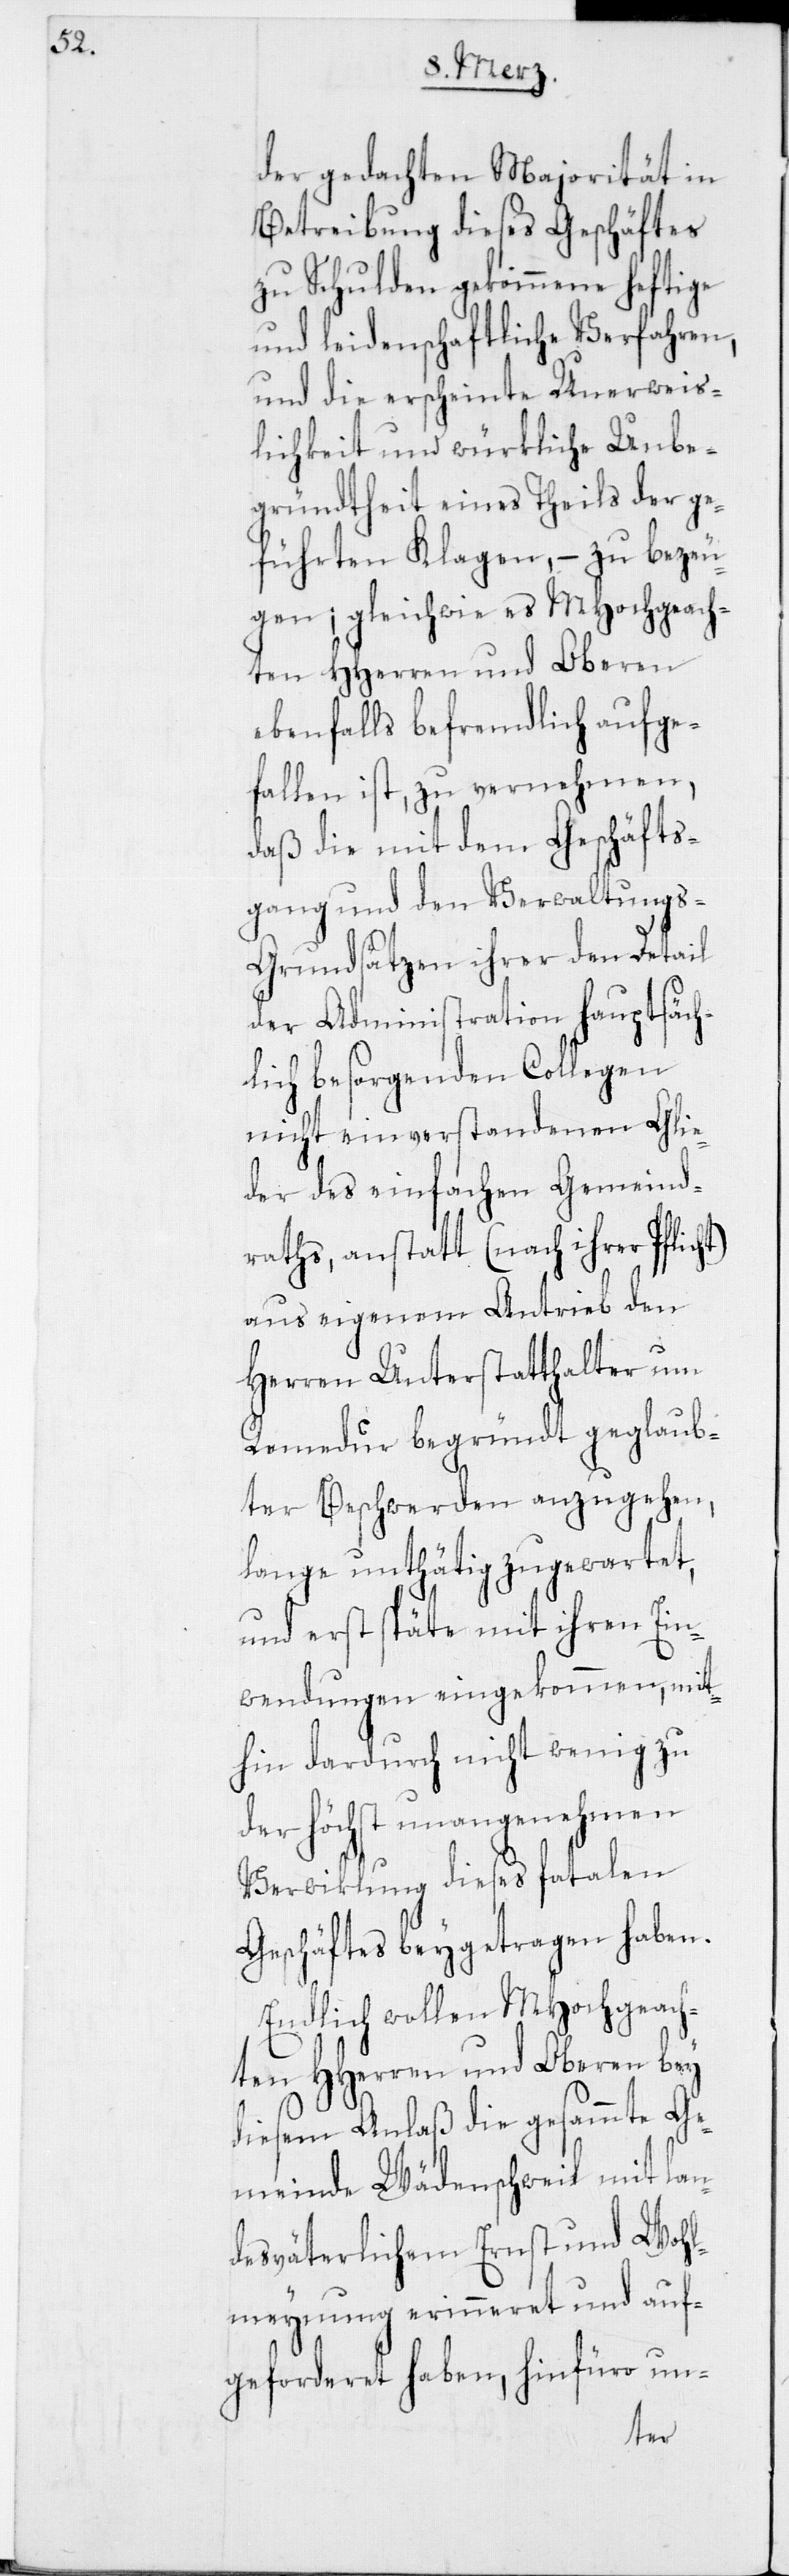
der gedachten Majorität in
Betreibung dieses Geschäftes
zu Schulden gekommene heftige
und leidenschaftliche Verfahren,
und die erscheinte Unerweis¬
lichkeit und würkliche Unbe¬
gründtheit eines Theils der ge¬
führten Klagen, – zu bezeu¬
gen; gleichwie es MHochgeach¬
ten HHerren und Oberen
ebenfalls befremdlich aufge¬
fallen ist, zu vernehmen,
daß die mit dem Geschäfts¬
gang und den Verwaltungs-G¬
rundsätzen ihrer den Detail
der Administration hauptsäch¬
lich besorgenden Collegen
nicht einverstandenen Glie¬
der des einfachen Gemeind¬
raths, anstatt (nach ihrer Pflicht)
aus eigenem Antrieb den
Herren Unterstatthalter um
Remedur begründt geglaub¬
ter Beschwerden anzugehen,
lange unthätig zugewartet,
und erst späte mit ihren Ein¬
wendungen eingekommen; mit¬
hin dardurch nicht wenig zu
der höchst unangenehmen
Verwiklung dieses fatalen
Geschäftes beygetragen haben.
Endlich wollen MHochgeach¬
ten HHerren und Oberen bey
diesem Anlaß die gesammte Ge¬
meinde Wädenschweil mit lan¬
desväterlichem Ernst und Wohl¬
meynung erinneret und auf¬
geforderet haben, hinfüro un-